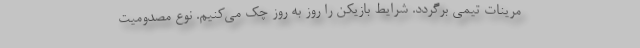
مرینات تیمی برگردد. شرایط بازیکن را روز به روز چک می‌کنیم. نوع مصدومیت